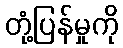
တုံ့ပြန်မှုကို